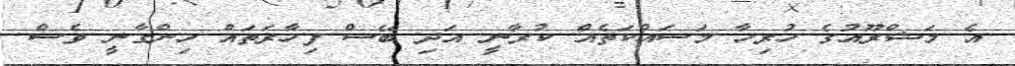
އެ މަޝްރޫއުގެ ހުރިހާ މަސައްކަތެއް ކުރާނީ އަދި ބޭސް ފިހާރަތައް ހިންގާނީ ވެސް